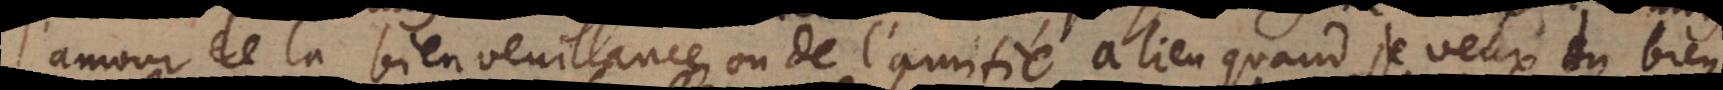
l’amour de la bienveuillance ou de l’amitié a lieu, quand je veux du bien